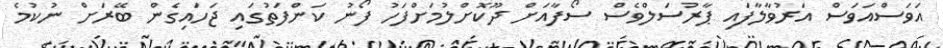
އަވަސްއަވަސް އަރުވާލާފައި ޕާރުސަލްވެސް ސޯފާއަށް ދޫކޮށްލުމަށްފަހު ފޯނު ކަންފަތުގައި ޖަހައިގެން ބޭރަށް ނުކުމެ